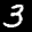
Label: 3